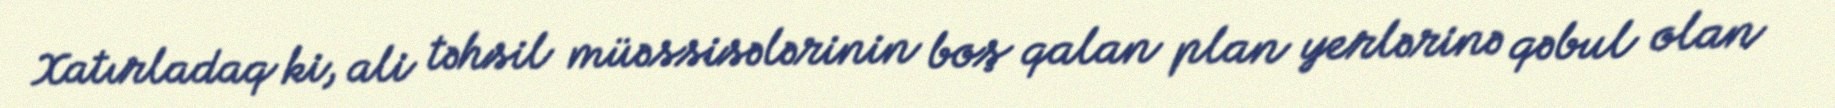
Xatırladaq ki, ali təhsil müəssisələrinin boş qalan plan yerlərinə qəbul olan